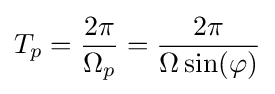
T_{p}={\frac {2\pi }{\Omega _{p}}}={\frac {2\pi }{\Omega \sin(\varphi )}}